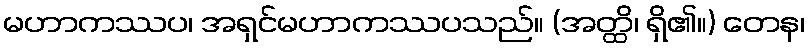
မဟာကဿပ၊ အရှင်မဟာကဿပသည်။ (အတ္ထိ၊ ရှိ၏။) တေန၊